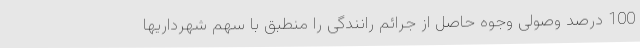
100 درصد وصولی وجوه حاصل از جرائم رانندگی را منطبق با سهم شهرداریها